Report of the Indian Hemp Drugs Commission, 1894-1895 - Volume VII
Year: 1894
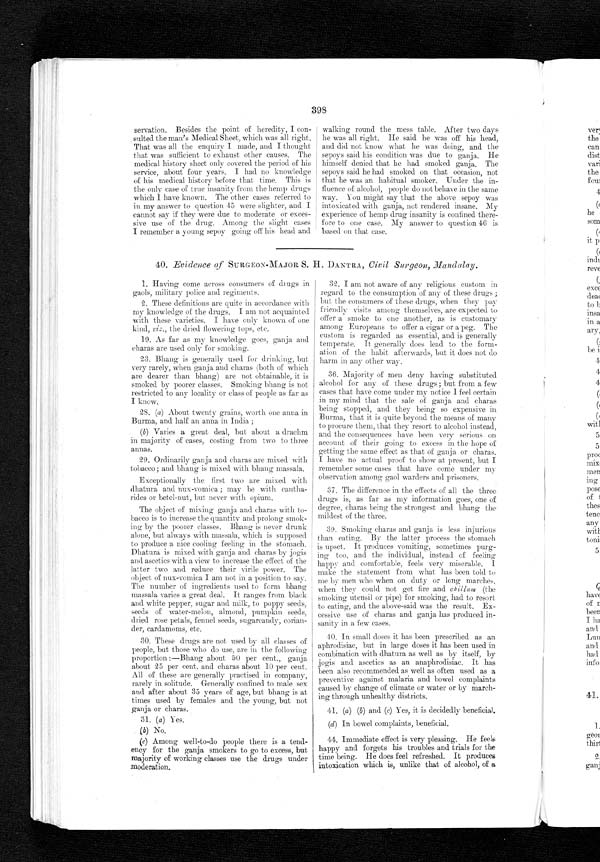
398
servation. Besides the point of heredity, I con-
sulted the man's Medical Sheet, which was all right.
That was all the enquiry I made, and I thought
that was sufficient to exhaust other causes. The
medical history sheet only covered the period of his
service, about four years. I had no knowledge
of his medical history before that time. This is
the only case of true insanity from the hemp drugs
which I have known. The other cases referred to
in my answer to question 45 were slighter, and I
cannot say if they were due to moderate or exces-
sive use of the drug. Among the slight cases
I remember a young sepoy going off his head and
walking round the mess table. After two days
he was all right. He said he was off his head,
and did not know what he was doing, and the
sepoys said his condition was due to ganja. He
himself denied that he had smoked ganja. The
sepoys said lie had smoked on that occasion, not
that he was an habitual smoker. Under the in-
fluence of alcohol, people do not behave in the same
way. You might say that the above sepoy was
intoxicated with ganja, not rendered insane. My
experience of hemp drug insanity is confined there-
fore to one case. My answer to question 46 is
based on that case.
40. Evidence of SURGEON-MAJOR S. H. DANTRA, Civil Surgeon, Mandalay.
1. Having come across consumers of drugs in
gaols, military police and regiments.
2. These definitions are quite in accordance with
my knowledge of the drugs. I am not acquainted
with these varieties. I have only known of one
kind, viz the dried flowering tops, etc.
19. As far as my knowledge goes, ganja and
charas are used only for smoking.
23. Bhang is generally used for drinking, but
very rarely, when ganja and charas (both of which
are dearer than bhang) are not obtainable, it is
smoked. by poorer classes. Smoking bhang is not
restricted to any locality or class of people as far as
I know.
28. (a) About twenty grains, worth one anna in
Burma, and half an anna in India ;
(b) Varies a great deal, bat about a drachm
in majority of cases, costing from two to three
annas.
29. Ordinarily ganja and. charas are mixed. with
tobacco ; and bhang is mixed with bhang massala.
Exceptionally the first two are mixed with
dhatura and nux-vomica ; may be with cantha-
rides or betel-nut, but never with opium.
The object of mixing ganja and charas with to-
bacco is to increase the quantity and prolong smok-
ing by the poorer classes. Bhang is never drunk
alone, but always with massala, which is supposed
to produce a nice cooling feeling in the stomach.
Dhatura is mixed with ganja and charas by jogis
and ascetics with a view to increase the effect of the
latter two and reduce their virile
P o w e r . T h e
o b j e c t o f n u x - v o m i c a I a m n o t i n a p o s i t i o n t o s a y .
The number of ingredients used to form bhang
massala varies a great deal. It ranges from black
and white pepper, sugar and milk, to poppy seeds,
seeds of water-melon, almond, pumpkin seeds,
dried rose petals, fennel seeds, sugarcandy, corian-
der, cardamoms, etc.
30 . These drugs are not used by all classes of
people, but those who do use, are in the following
proportion :—Bhang about 50 per cent., ganja
about 25 per cent. and charas about 10 per cent.
All of these are generally practised in company,
rarely in solitude. Generally confined to male sex
and after about 35 years of age, but bhang, is at
times used by females and the young, but not
ganja or charas.
31. (a) Yes.
(b) No.
(c) Among well-to-do people there is a tend-
ency for the ganja smokers to go to excess, but
majority of working classes use the thugs under
moderation.
32. I am not aware of any religious custom in
regard to the consumption of any of these drugs ;
but the consumers of these drugs, when they pay
friendly visits among themselves, are expected to
offer a smoke to one another, as is customary
among Europeans to offer a cigar or a peg. The
custom is regarded as essential, and is generally
temperate. It generally does lead to the form-
ation of the habit afterwards, but it does not do
harm in any other way.
36. Majority of men deny having substituted
alcohol for any of these drugs; but from a few
cases that have come under my notice I feel certain
in my mind that the sale of ganja and charas
being stopped, and they being so expensive in
Burma, that it is quite beyond the means of many
to procure them, that they resort to alcohol instead,
and the consequences have been very serious on
account of their going to excess in the hope of
getting the same effect as that of ganja or charas.
I have no actual proof to show at present, but I
remember some cases that have come under my
observation among gaol warders and prisoners.
37. The difference in the effects of all the three
drugs is, as far as my information goes, one of
degree, charas being the strongest and bhang the
mildest of the three.
39. Smoking charas and ganja is less injurious
than eating. By the latter process the stomach
is upset. It produces vomiting, sometimes purg-
ing too, and the individual, instead of feeling
happy and comfortable, feels very miserable. I
make t he s t at ement f r om what has been t ol d t o
me by men who when on duty or long marches,
when they could not get fire and chillum (the
smoking utensil or pipe) for smoking, had to resort
to eating, and the above-said was the result. Ex-
cessive use of charas and. ganja has produced in-
sanity in a few cases.
40. In small doses it has been prescribed as an
aphrodisiac, but in large doses it has been used in
combination with dhatura as well as by itself, by
jogis and ascetics as an anaphrodisiac. It has
been also recommended as well as often used as a
preventive against malaria and bowel complaints
caused by change of climate or water or by march-
ing through unhealthy districts.
41. (a) (b) and (c) Yes, it is decidedly beneficial.
( d ) I n b o w e l c o m p l a i n t s , b e n e f i c i a l .
44. Immediate effect is very pleasing. He feels
happy and forgets his troubles and trials for the
time being. He does feel refreshed. It produces
intoxication which is, unlike that of alcohol, of a